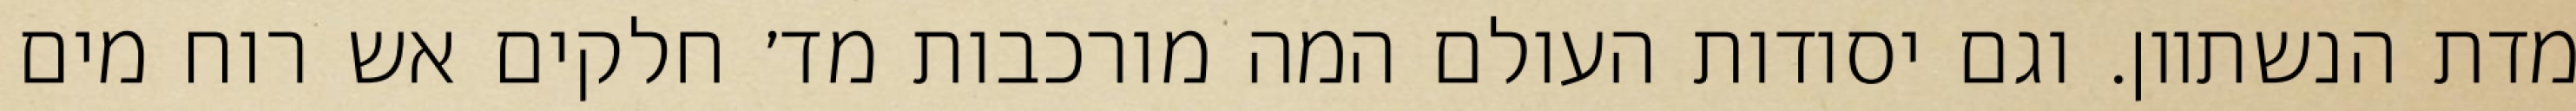
מדת הנשתוון. וגם יסודות העולם המה מורכבות מד׳ חלקים אש רוח מים